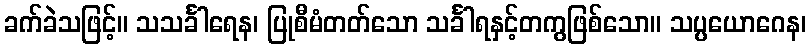
ခက်ခဲသဖြင့်။ သသင်္ခါရေန၊ ပြုစီမံတတ်သော သင်္ခါရနှင့်တကွဖြစ်သော။ သပ္ပယောဂေန၊